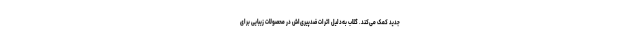
جدید کمک می‌کند. گلاب به‌دلیل اثرات ضدپیری‌اش در محصولات زیبایی برای